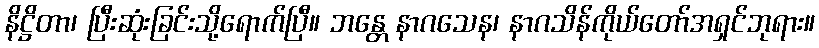
နိဋ္ဌိတာ၊ ပြီးဆုံးခြင်းသို့ရောက်ပြီ။ ဘန္တေ နာဂသေန၊ နာဂသိန်ကိုယ်တော်အရှင်ဘုရား။